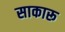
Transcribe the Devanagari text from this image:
साकारू